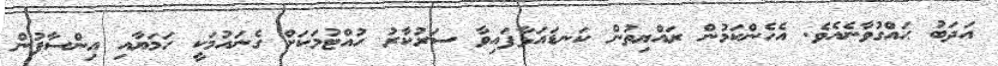
އަދަބު ޙައްގުވާނެއެވެ. އެހެންކަމުން ރައްޔިތުން ކަނޑައަޅާފައިވާ ސަރުކާރު ހުއްޓުމަކަށް ގެނައުމަކީ ހަމަޔާއި އިންސާފުން